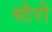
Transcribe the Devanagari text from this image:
स्टेरो